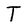
Character: T